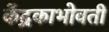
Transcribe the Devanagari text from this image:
केंद्रकाभोवती